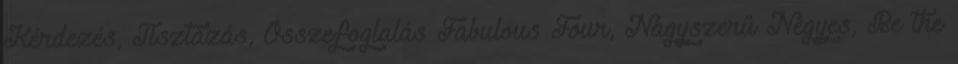
Kérdezés, Tisztázás, Összefoglalás Fabulous Four, Nagyszerű Négyes, Be the